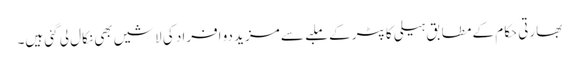
بھارتی حکام کے مطابق ہیلی کاپٹر کے ملبے سے مزید دو افراد کی لاشیں بھی نکال لی گئی ہیں۔